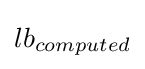
lb_{computed}